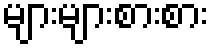
များများစားစား